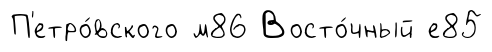
П'етро́вского м86 Восто́чный е85